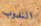
الندوب